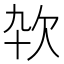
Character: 𰙊